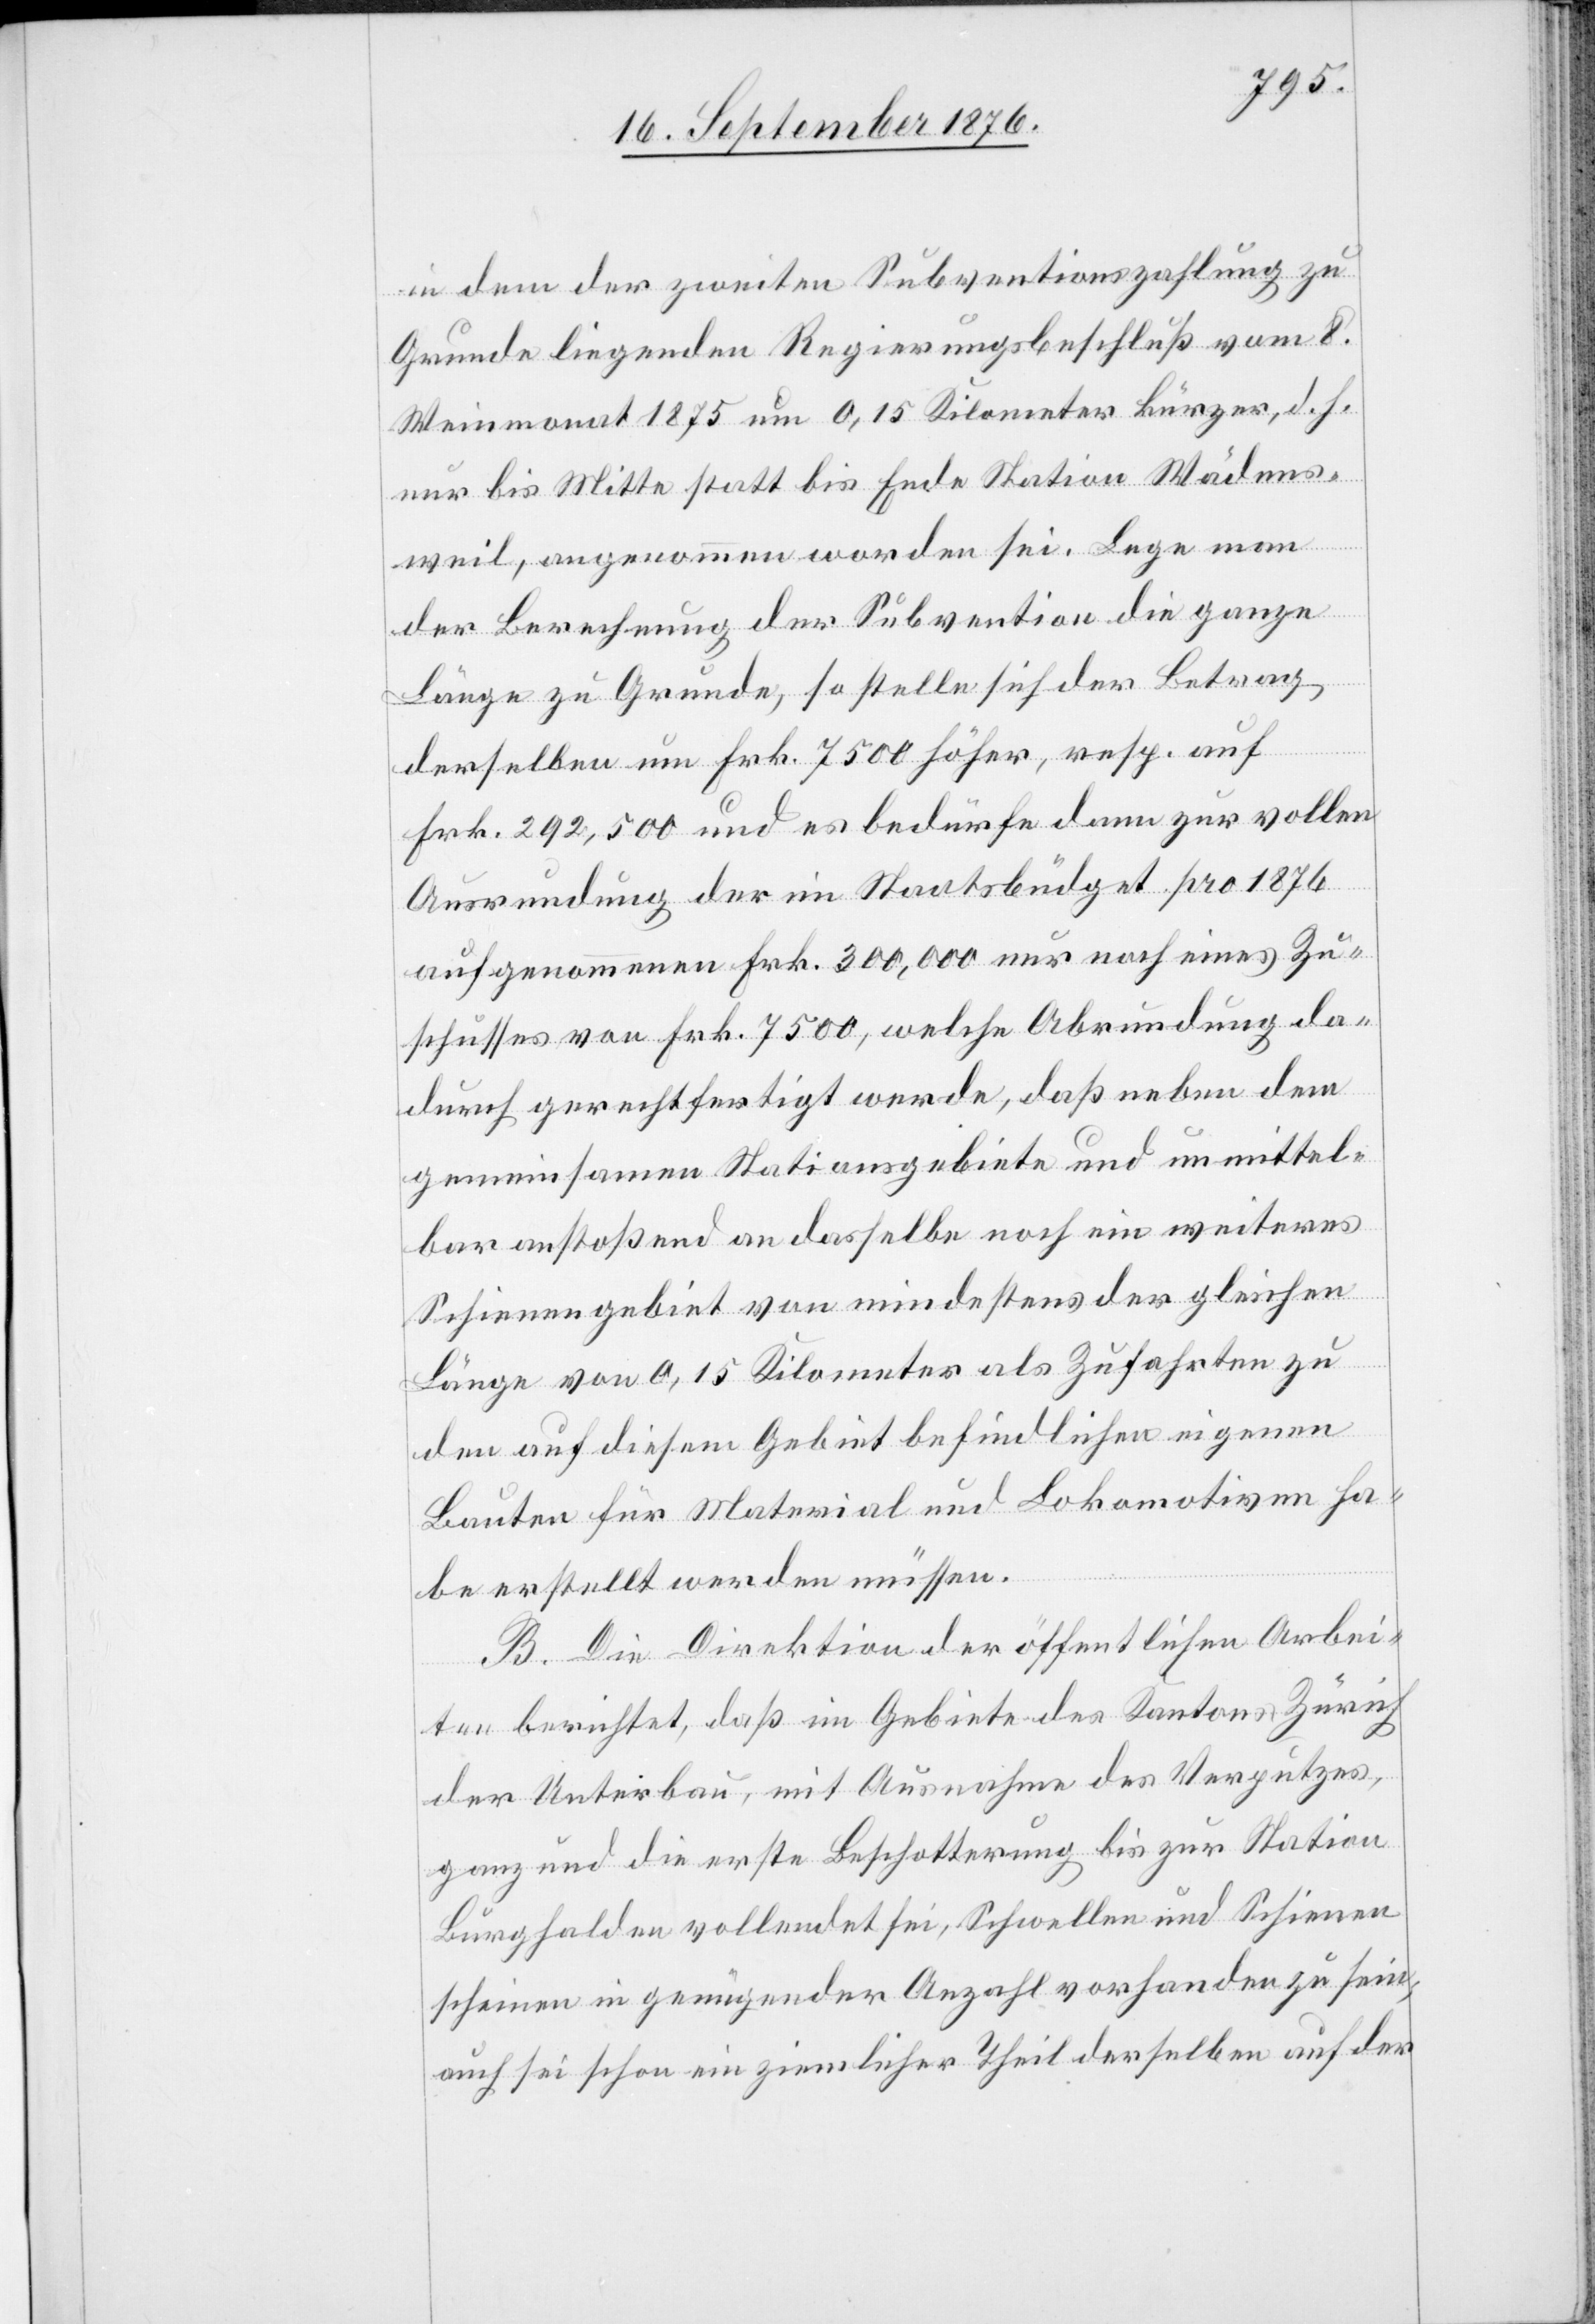
in dem der zweiten Subventionszahlung zu
Grunde liegenden Regierungsbeschluß vom 8.
Weinmonat 1875 um 0,15 Kilometer kürzer, d. h.
nur bis Mitte statt bis Ende Station Wädens¬
weil, angenommen worden sei. Lege man
der Berechnung der Subvention die ganze
Länge zu Grunde, so stelle sich der Betrag
derselben um Frk. 75000 höher, resp. auf
Frk. 292,500 und es bedürfe dann zur vollen
Ausrundung der im Staatsbüdget pro 1876
aufgenommenen Frk. 300,000 nur noch eines Zu¬
schusses von Frk. 7500, welche Abrundung da¬
durch gerechtfertigt werde, daß neben dem
gemeinsamen Stationsgebäude und unmittel¬
bar anstoßend an dasselbe noch ein weiteres
Schienengebiet von mindestens der gleichen
Länge von 0,15 Kilometer als Zufahrten zu
den auf diesem Gebiete befindlichen eigenen
Bauten für Material und Lokomotiven ha¬
be erstellt werden müssen.
B. Die Direktion der öffentlichen Arbei¬
ten berichtet, daß im Gebiete des Kantons Zürich
der Unterbau, mit Ausnahme des Verputzes,
ganz und die erste Beschotterung bis zur Station
Burghalden vollendet sei, Schwellen und Schienen
scheinen in genügender Anzahl vorhanden zu sein;
auch sei schon ein ziemlicher Theil derselben auf der